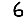
Digit: 6